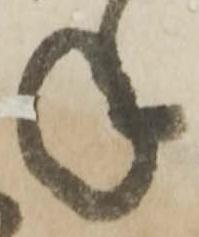
年